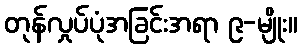
တုန်လှုပ်ပုံအခြင်းအရာ ၉-မျိုး။